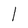
Character: l